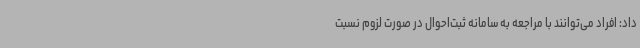
داد: افراد می‌توانند با مراجعه به سامانه ثبت‌احوال در صورت لزوم نسبت